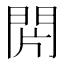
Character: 𨳭